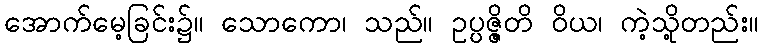
အောက်မေ့ခြင်း၌။ သောကော၊ သည်။ ဥပ္ပဇ္ဇိတိ ဝိယ၊ ကဲ့သို့တည်း။